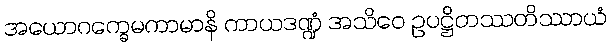
အယောဂက္ခေမကာမာနိ ကာယဒဏ္ဍံ အသိဝေ ဥပဋ္ဌိတဿတိဿာယံ